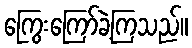
ကြွေးကြော်ခဲ့ကြသည်။